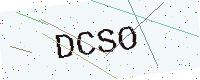
Text: DCSO